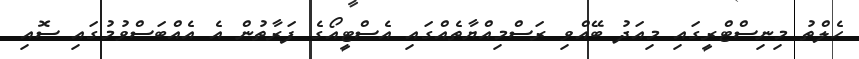
ހެލްތު މިިނިސްޓްރީގައި މިއަދު ބޭއްވި ރަސްމިއްޔާތެއްގައި އެސްޓީއޯގެ ފަރާތުން އެ އެއްބަސްވުމުގައި ސޮއި